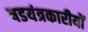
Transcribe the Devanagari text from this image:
षडयंत्रकारीयों